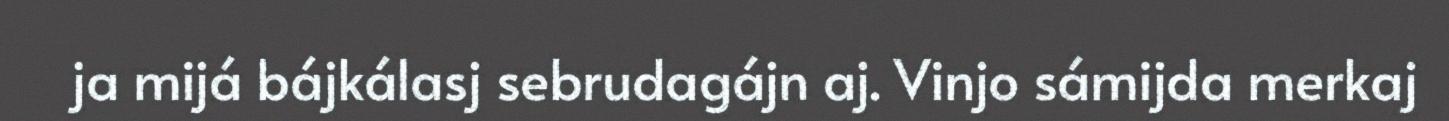
ja mijá bájkálasj sebrudagájn aj. Vinjo sámijda merkaj